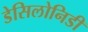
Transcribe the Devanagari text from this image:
डेसिलोनिडी